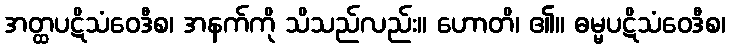
အတ္ထပဋိသံဝေဒီစ၊ အနက်ကို သိသည်လည်း။ ဟောတိ၊ ၏။ ဓမ္မပဋိသံဝေဒီစ၊